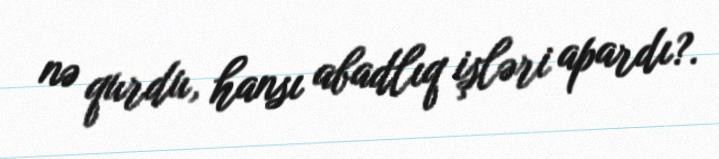
nə qurdu, hansı abadlıq işləri apardı?.